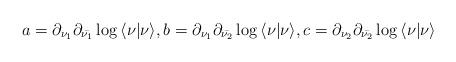
LaTeX: \begin{align*}a = {\partial_{\nu_1}}{\partial_{\bar{\nu_1}}}\log{\langle \nu \vert \nu \rangle} , b = {\partial_{\nu_1}}{\partial_{\bar{\nu_2}}}\log{\langle \nu \vert \nu \rangle}, c = {\partial_{\nu_2}}{\partial_{\bar{\nu_2}}}\log{\langle \nu \vert \nu \rangle}\end{align*}